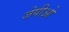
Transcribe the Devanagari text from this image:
जेपीओ